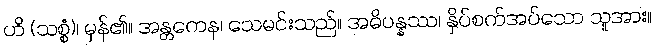
ဟိ (သစ္စံ)၊ မှန်၏။ အန္တကေန၊ သေမင်းသည်။ အဓိပန္နဿ၊ နှိပ်စက်အပ်သော သူအား။